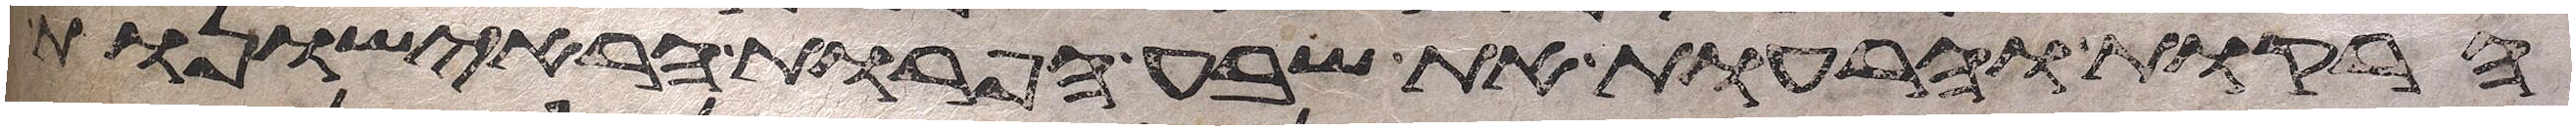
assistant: הרקות והרעות את שבע הפרות הראישונות